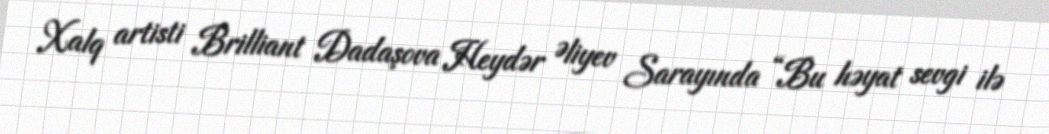
Xalq artisti Brilliant Dadaşova Heydər Əliyev Sarayında “Bu həyat sevgi ilə